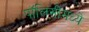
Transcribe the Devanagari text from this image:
पॉलिसीमध्ये